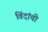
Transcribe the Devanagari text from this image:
विंदांची